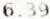
6.39